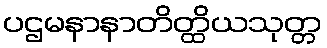
ပဌမနာနာတိတ္ထိယသုတ္တ